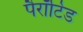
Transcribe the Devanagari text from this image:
पैरॉटिड